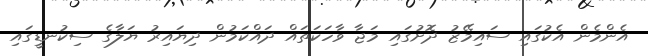
އެންމެން އެކުގައި ސައިމޭޒު ދޮށުގައި މަޖާ ވާހަކަތައް ދައްކަމުން ދިޔައިރު ޔަލާގެ ސިކުނޑީގައި